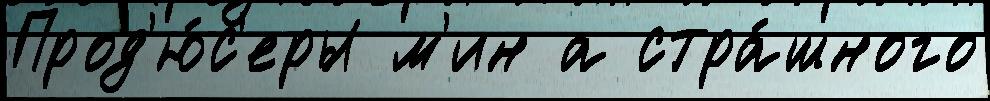
Прод'ю́с'еры м'ин а стра́шного